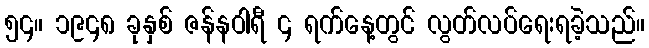
၅၄။ ၁၉၄၈ ခုနှစ် ဇန်နဝါရီ ၄ ရက်နေ့တွင် လွတ်လပ်ရေးရခဲ့သည်။